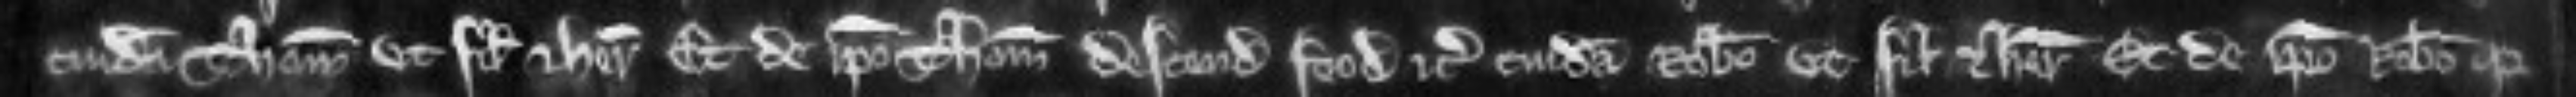
cuidam Thoma ut filio et heredi et de ipso Thoma descendit feodum etc. cuidam Roberto ut filio et heredi et de ipso Roberto quia